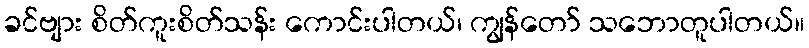
ခင်ဗျား စိတ်ကူးစိတ်သန်း ကောင်းပါတယ်၊ ကျွန်တော် သဘောတူပါတယ်။